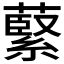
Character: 𫉺